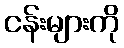
ငန်းများကို